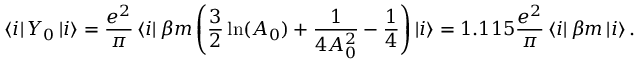
\left\langle i \right| Y _ { 0 } \left| i \right\rangle = \frac { e ^ { 2 } } \pi \left\langle i \right| \beta m \left( \frac 3 2 \ln ( A _ { 0 } ) + \frac 1 { 4 A _ { 0 } ^ { 2 } } - \frac 1 4 \right) \left| i \right\rangle = 1 . 1 1 5 \frac { e ^ { 2 } } \pi \left\langle i \right| \beta m \left| i \right\rangle .